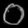
Digit: ၀